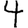
Digit: 4